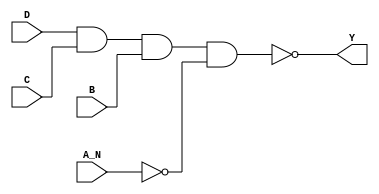
module sky130_fd_sc_hd__nand4b (
    Y  ,
    A_N,
    B  ,
    C  ,
    D
);

    // Module ports
    output Y  ;
    input  A_N;
    input  B  ;
    input  C  ;
    input  D  ;

    // Local signals
    wire not0_out   ;
    wire nand0_out_Y;

    //   Name   Output       Other arguments
    not  not0  (not0_out   , A_N              );
    nand nand0 (nand0_out_Y, D, C, B, not0_out);
    buf  buf0  (Y          , nand0_out_Y      );

endmodule